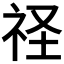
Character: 𮵚